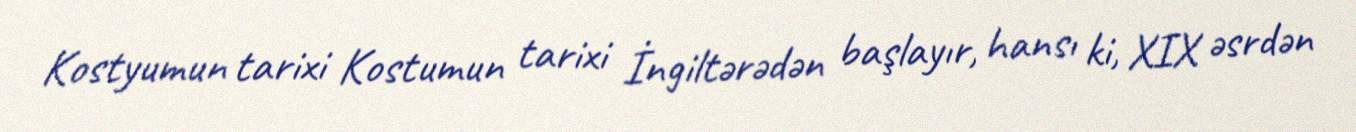
Kostyumun tarixi Kostumun tarixi İngiltərədən başlayır, hansı ki, XIX əsrdən